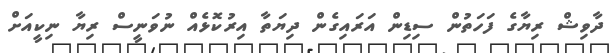
ދާވިޝް ރިޔާގެ ފަހަތުން ސިޑިން އަރައިގެން ދިޔަތާ އިރުކޮޅެއް ނުވަނީސް ރިޔާ ނިކީއަށް